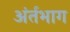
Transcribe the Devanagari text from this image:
अंर्तभाग